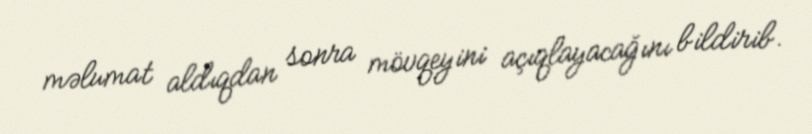
məlumat aldıqdan sonra mövqeyini açıqlayacağını bildirib.